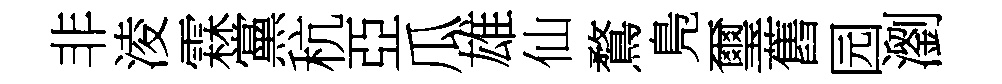
非淩霖黨秔亞瓜雄仙鶩鳬璽舊园瀏